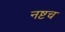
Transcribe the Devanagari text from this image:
नष्टच